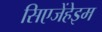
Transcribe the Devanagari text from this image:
सिएजेंहेइम